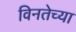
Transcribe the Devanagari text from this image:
विनतेच्या